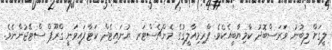
ލީގަށް ލިބުނު ވަރަސްބޮދު ކާމިޔާބީއެކެވެ. ޕްރިމިއާލީގުގެ މެންޗެސްޓަރ ޔުނައިޓެދް ކަޓާފައިވަނީ ގްރޫޕް ސްޓޭޖުންނެވެ.